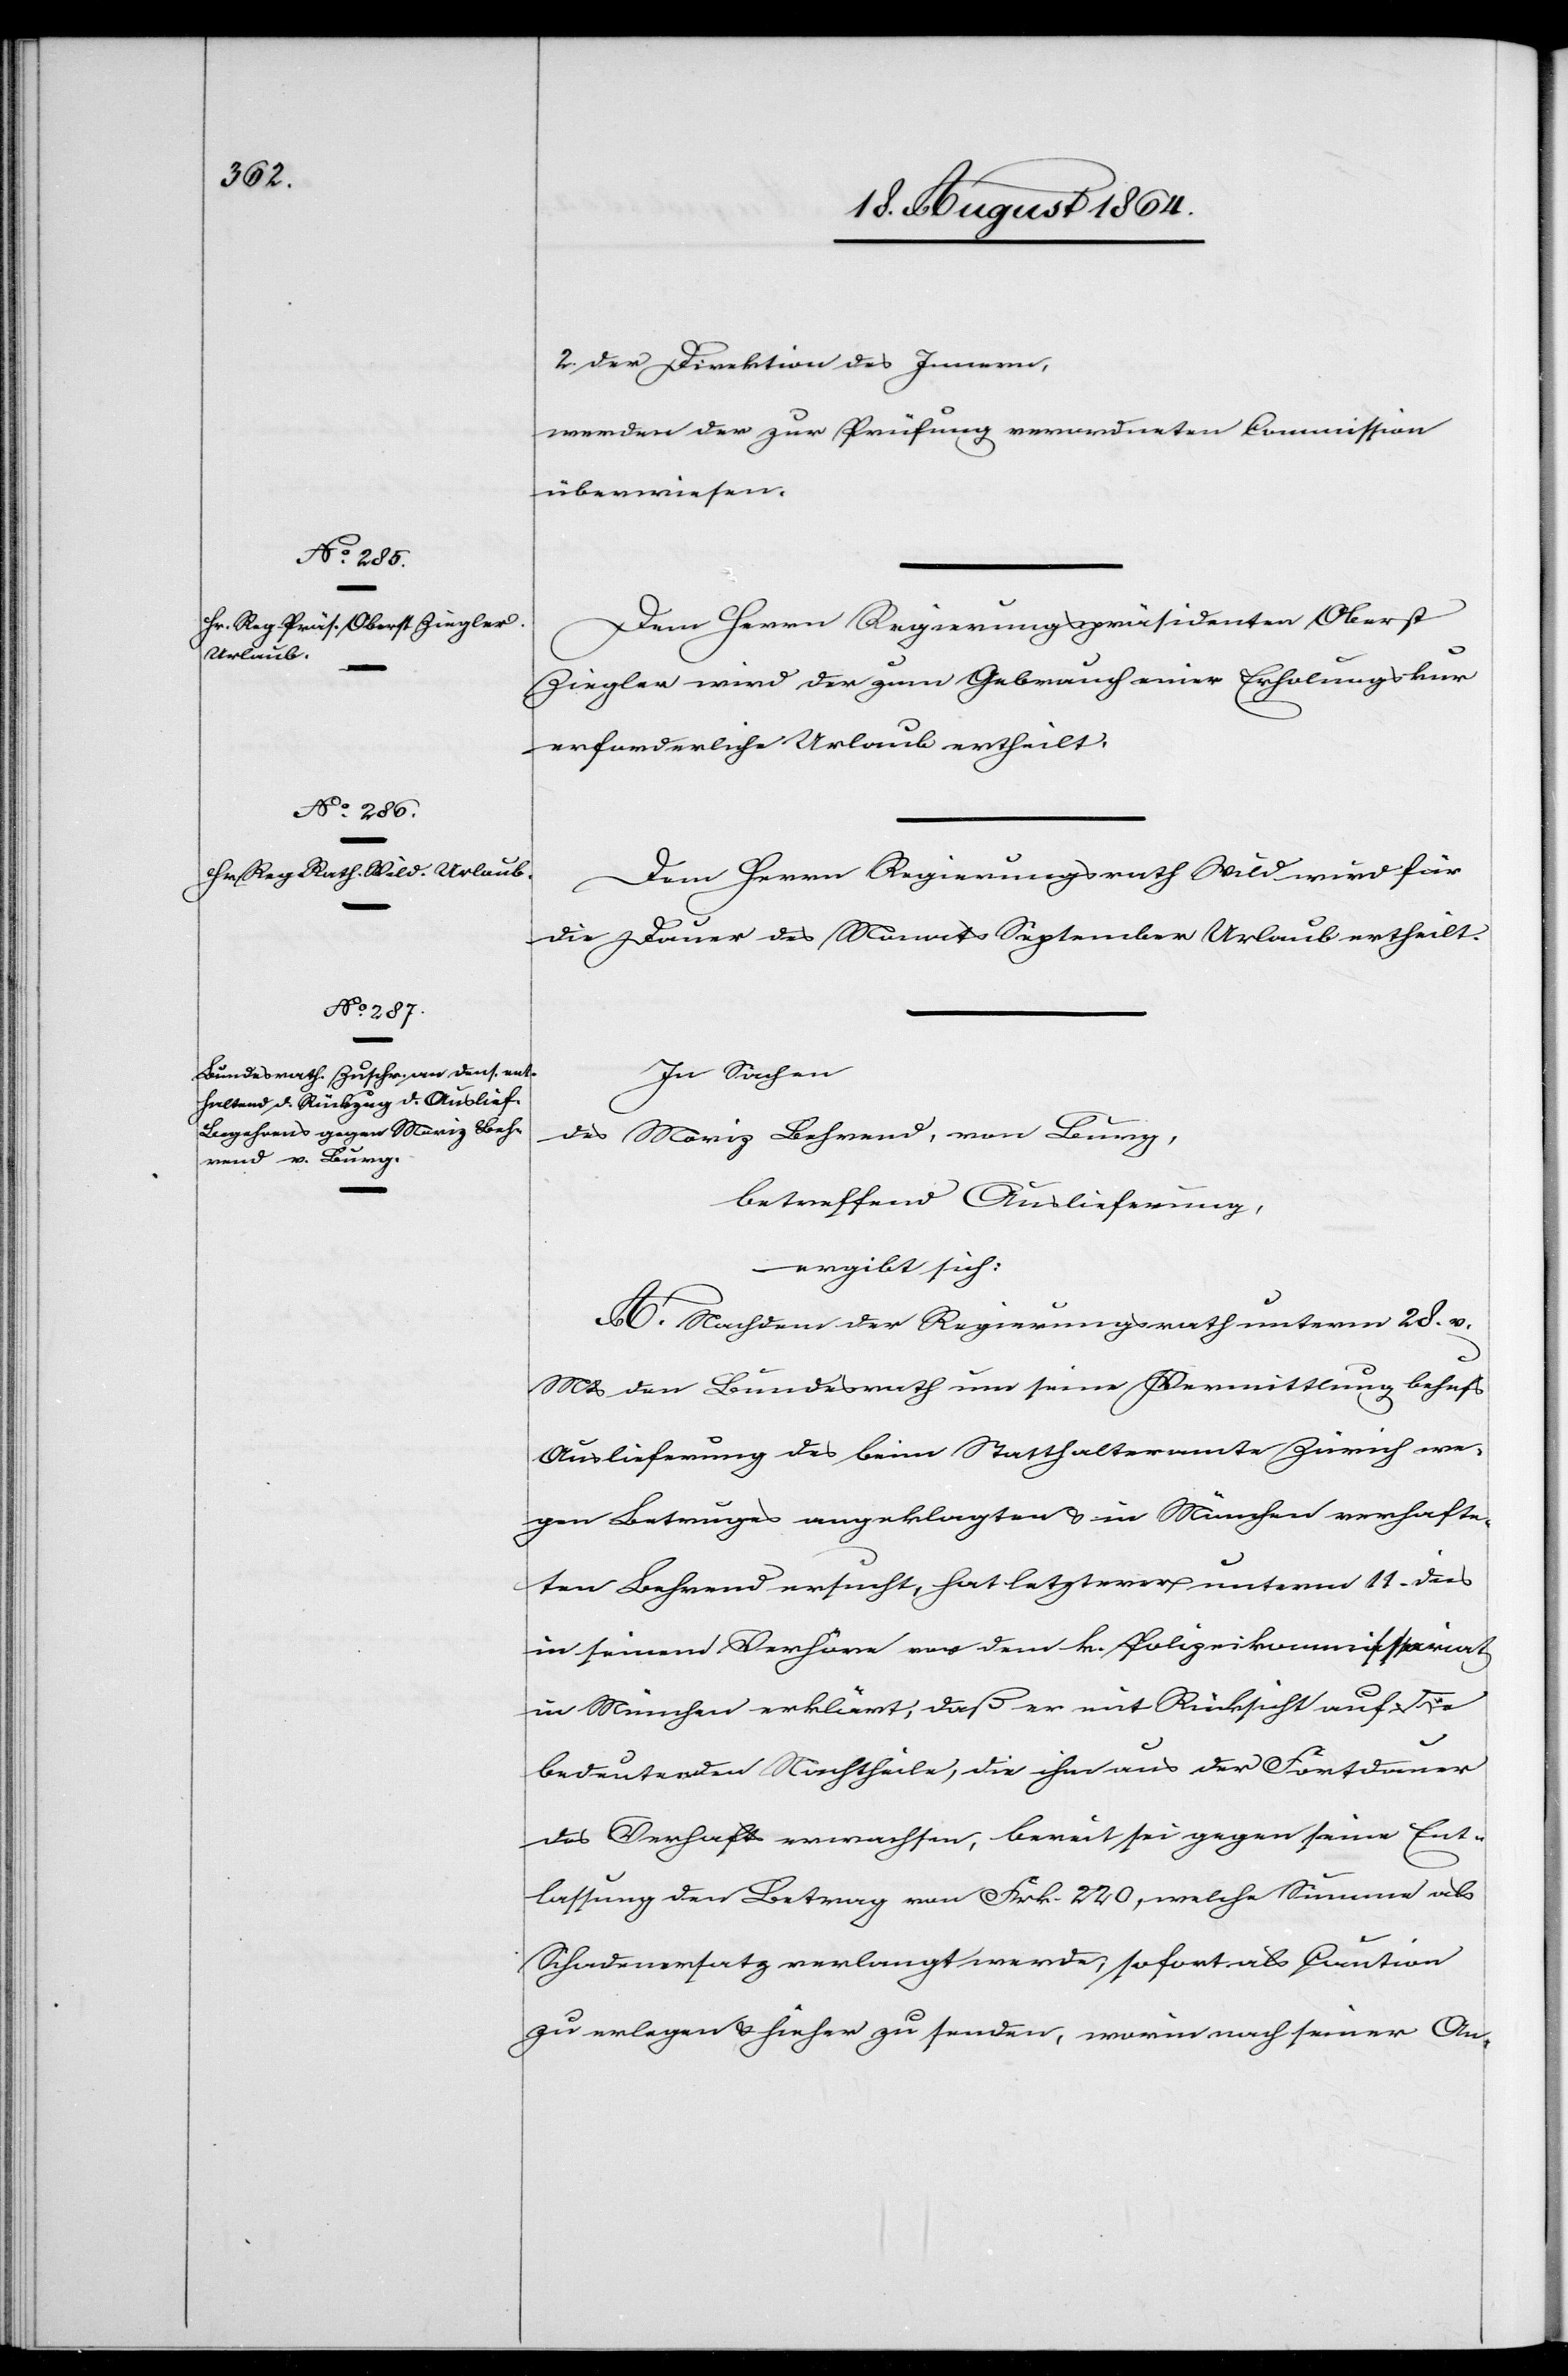
2. der Direktion des Innern,
werden der zur Prüfung verordneten Commission
überwiesen.
Dem Herrn Regierungspräsidenten Oberst
Ziegler wird der zum Gebrauch enier [sic!] Erholungskur
erforderliche Urlaub ertheilt.
Dem Herrn Regierungsrath Wild wird für
die Dauer des Monats September Urlaub ertheilt.
In Sachen
des
Moriz Behrend, von Burg,
betreffend Auslieferung
ergibt sich:
A. Nachdem der Regierungsrath unterm 28. v.
Mts. den Bundesrath um seine Vermittlung behufs
Auslieferung des beim Statthalteramt Zürich we¬
gen Betruges angeklagten & in München verhafte¬
ten Behrend ersucht, hat letzterer unterm 11. dies
in seinem Verhöre vor dem k. Polizeikommissariat
in München erklärt, daß er mit Rücksicht auf
bedeutenden Nachtheile, die ihm aus der Fortdauer
des Verhafts erwachsen, bereit sei gegen seine Ent¬
lassung den Betrag von Frk. 220, welche Summe als
Schadenersatz verlangt werde, sofort als Caution
zu erlegen & hieher zu senden, worin nach seiner An-